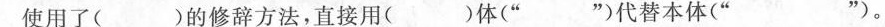
使用了( )的修辞方法，直接用( )体(” ”)代替本体(” ”)。